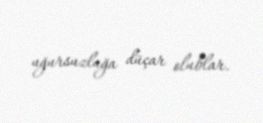
uğursuzluğa düçar olublar.